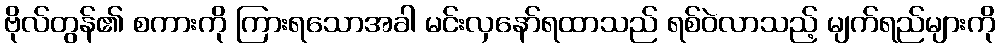
ဗိုလ်တွန်၏ စကားကို ကြားရသောအခါ မင်းလှနော်ရထာသည် ရစ်ဝဲလာသည့် မျက်ရည်များကို